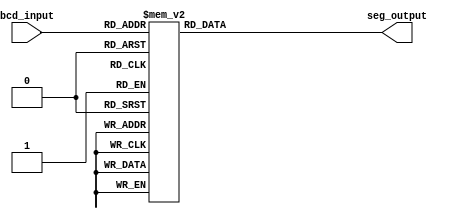
module bcd_decoder (
    input [3:0] bcd_input,
    output reg [6:0] seg_output
);

always @(*) begin
    case (bcd_input)
        4'b0000: seg_output <= 7'b1000000; //digit 0
        4'b0001: seg_output <= 7'b1111001; //digit 1
        4'b0010: seg_output <= 7'b0100100; //digit 2
        4'b0011: seg_output <= 7'b0110000; //digit 3
        4'b0100: seg_output <= 7'b0011001; //digit 4
        4'b0101: seg_output <= 7'b0010010; //digit 5
        4'b0110: seg_output <= 7'b0000010; //digit 6
        4'b0111: seg_output <= 7'b1111000; //digit 7
        4'b1000: seg_output <= 7'b0000000; //digit 8
        4'b1001: seg_output <= 7'b0010000; //digit 9
        default: seg_output <= 7'b0000000; //all outputs off
    endcase
end

endmodule